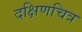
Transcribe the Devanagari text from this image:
दक्षिणचित्र